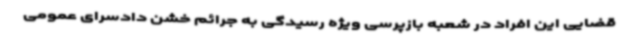
قضایی این افراد در شعبه بازپرسی ویژه رسیدگی به جرائم خشن دادسرای عمومی